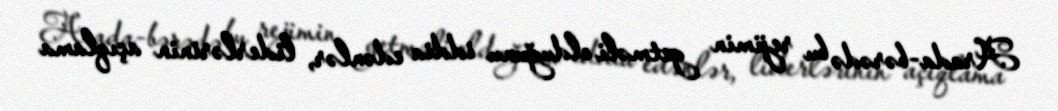
Arada-bərədə bu rejimin getməli olduğunu iddia edənlər, liderlərinin açıqlama